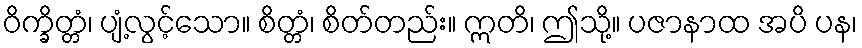
ဝိက္ခိတ္တံ၊ ပျံ့လွင့်သော။ စိတ္တံ၊ စိတ်တည်း။ ဣတိ၊ ဤသို့။ ပဇာနာထ အပိ ပန၊